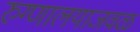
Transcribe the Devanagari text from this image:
रुग्णालयाजवळ